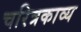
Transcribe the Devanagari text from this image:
चरित्रकाव्य